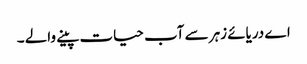
اے دریائے زہر سے آب حیات پینے والے ۔